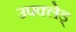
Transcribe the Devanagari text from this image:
उपक्लेड्